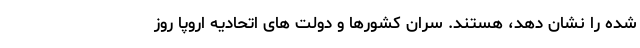
شده را نشان دهد، هستند. سران کشورها و دولت های اتحادیه اروپا روز